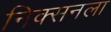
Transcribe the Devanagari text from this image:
निक्सनला